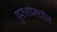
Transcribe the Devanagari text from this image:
पुरुशांमधील